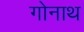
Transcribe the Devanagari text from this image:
गोनाथ